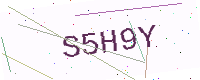
Text: S5H9Y